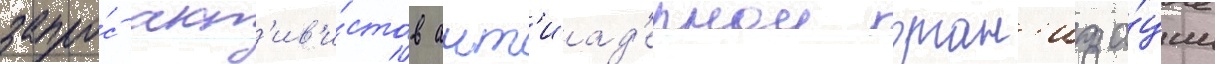
запро́с акт'ив'и́стов ант'иад'ернои орган'иза́ции